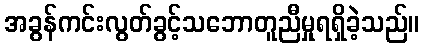
အခွန်ကင်းလွတ်ခွင့်သဘောတူညီမှုရရှိခဲ့သည်။